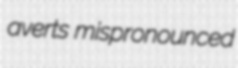
averts mispronounced